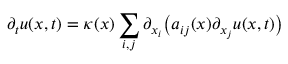
\partial _ { t } u ( x , t ) = \kappa ( x ) \sum _ { i , j } \partial _ { x _ { i } } { \bigl ( } a _ { i j } ( x ) \partial _ { x _ { j } } u ( x , t ) { \bigr ) }